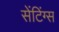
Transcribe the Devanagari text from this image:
सेंटिंग्स